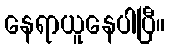
နေရာယူနေပါပြီ။